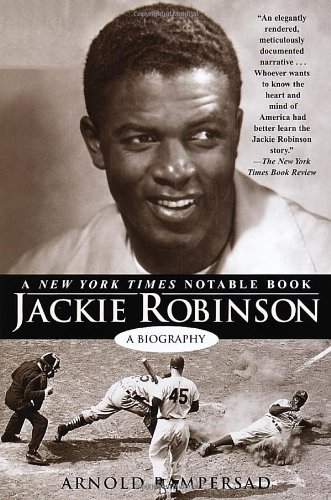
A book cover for Jackie Robinson: A Biography; Arnold Rampersad; Biographies & Memoirs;